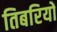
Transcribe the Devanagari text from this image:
तिबरियों